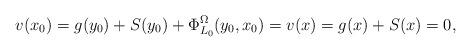
LaTeX: \begin{align*}v(x_0)=g(y_0)+S(y_0)+\Phi^{\Omega}_{L_0}(y_0,x_0)=v(x)=g(x)+S(x)=0,\end{align*}